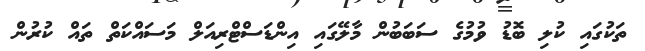
ތަކުގައި ކުލި ބޮޑު ވުމުގެ ސަބަބުން މާލޭގައި އިންޑަސްޓްރިއަލް މަސައްކަތް ތައް ކުރުން